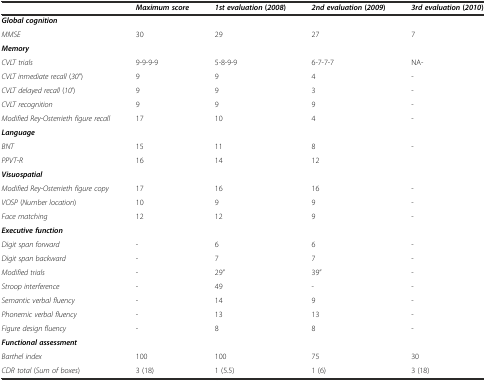
<table><thead><tr><td></td><td><b><i>Maximum score</i></b></td><td><b><i>1st evaluation</i> (<i>2008</i>)</b></td><td><b><i>2nd evaluation</i> (<i>2009</i>)</b></td><td><b><i>3rd evaluation</i> (<i>2010</i>)</b></td></tr></thead><tbody><tr><td><b><i>Global cognition</i></b></td><td></td><td></td><td></td><td></td></tr><tr><td><i>MMSE</i></td><td>30</td><td>29</td><td>27</td><td>7</td></tr><tr><td><b><i>Memory</i></b></td><td></td><td></td><td></td><td></td></tr><tr><td><i>CVLT trials</i></td><td>9-9-9-9</td><td>5-8-9-9</td><td>6-7-7-7</td><td>NA-</td></tr><tr><td><i>CVLT inmediate recall</i> (<i>30</i>”)</td><td>9</td><td>9</td><td>4</td><td>-</td></tr><tr><td><i>CVLT delayed recall</i> (<i>10</i>’)</td><td>9</td><td>9</td><td>3</td><td>-</td></tr><tr><td><i>CVLT recognition</i></td><td>9</td><td>9</td><td>9</td><td>-</td></tr><tr><td><i>Modified Rey</i>-<i>Osterrieth figure recall</i></td><td>17</td><td>10</td><td>4</td><td>-</td></tr><tr><td><b><i>Language</i></b></td><td></td><td></td><td></td><td></td></tr><tr><td><i>BNT</i></td><td>15</td><td>11</td><td>8</td><td>-</td></tr><tr><td><i>PPVT</i>-<i>R</i></td><td>16</td><td>14</td><td>12</td><td></td></tr><tr><td><b><i>Visuospatial</i></b></td><td></td><td></td><td></td><td></td></tr><tr><td><i>Modified Rey</i>-<i>Osterrieth figure copy</i></td><td>17</td><td>16</td><td>16</td><td>-</td></tr><tr><td><i>VOSP</i> (<i>Number location</i>)</td><td>10</td><td>9</td><td>9</td><td>-</td></tr><tr><td><i>Face matching</i></td><td>12</td><td>12</td><td>9</td><td>-</td></tr><tr><td><b><i>Executive function</i></b></td><td></td><td></td><td></td><td></td></tr><tr><td><i>Digit span forward</i></td><td>-</td><td>6</td><td>6</td><td>-</td></tr><tr><td><i>Digit span backward</i></td><td>-</td><td>7</td><td>7</td><td>-</td></tr><tr><td><i>Modified trials</i></td><td>-</td><td>29”</td><td>39”</td><td>-</td></tr><tr><td><i>Stroop interference</i></td><td>-</td><td>49</td><td>-</td><td>-</td></tr><tr><td><i>Semantic verbal fluency</i></td><td>-</td><td>14</td><td>9</td><td>-</td></tr><tr><td><i>Phonemic verbal fluency</i></td><td>-</td><td>13</td><td>13</td><td>-</td></tr><tr><td><i>Figure design fluency</i></td><td>-</td><td>8</td><td>8</td><td>-</td></tr><tr><td><b><i>Functional assessment</i></b></td><td></td><td></td><td></td><td></td></tr><tr><td><i>Barthel index</i></td><td>100</td><td>100</td><td>75</td><td>30</td></tr><tr><td><i>CDR total</i> (<i>Sum of boxes</i>)</td><td>3 (18)</td><td>1 (5.5)</td><td>1 (6)</td><td>3 (18)</td></tr></tbody></table>